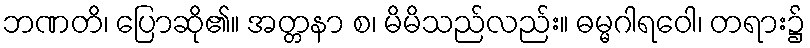
ဘဏတိ၊ ပြောဆို၏။ အတ္တနာ စ၊ မိမိသည်လည်း။ ဓမ္မဂါရဝေါ၊ တရား၌